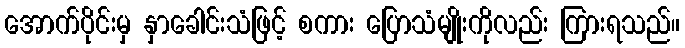
အောက်ပိုင်းမှ နှာခေါင်းသံဖြင့် စကား ပြောသံမျိုးကိုလည်း ကြားရသည်။